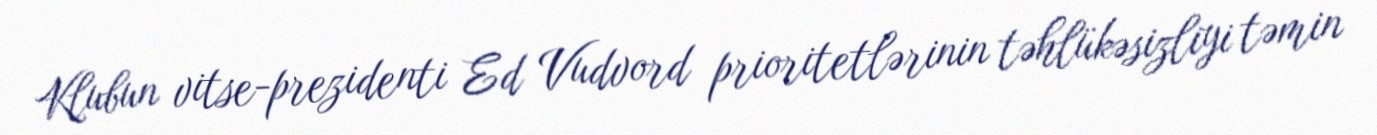
Klubun vitse-prezidenti Ed Vudvord prioritetlərinin təhlükəsizliyi təmin